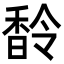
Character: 𩡁